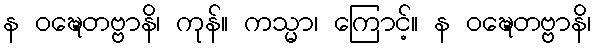
န ဝဍ္ဎေတဗ္ဗာနိ၊ ကုန်။ ကသ္မာ၊ ကြောင့်။ န ဝဍ္ဎေတဗ္ဗာနိ၊